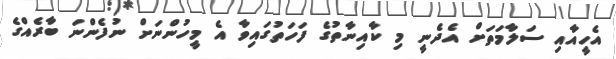
އެހީއާއި ސަލާމަތަށް އެދެނީ މި ކާއިނާތުގެ ފަހަތުގައިވާ އެ މީހުންނަށް ނުފެންނަ ބާރެއްގެ